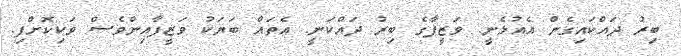
ބިރު ދައްކައިގެން އެއުޅެނީ. ވަޒީފާގެ ބިރު ދައްކަނީ. އެތައް ބަޔަކު ވަޒީފާއިންވެސް ވަކިކޮށްފި.